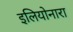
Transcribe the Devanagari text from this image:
इलियोनारा